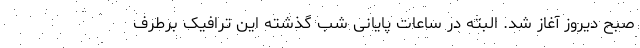
صبح دیروز آغاز شد. البته در ساعات پایانی شب گذشته این ترافیک برطرف